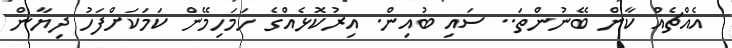
އެއްޗެއް ކާން ބޭނުންތަ.. ސައި ބުއިން. އިރުކޮޅެއްގެ ހަމަހިމޭން ކަމަކަށްފަހު ދިޔާން